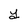
Character: Y